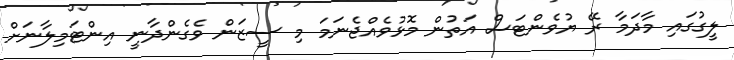
ލީގުގައި މާދަމާ ރޭ ޔުވެންޓަސް އަތުން މޮޅުވެއްޖެނަމަ މި ސީޒަން ވެގެންދާނީ އިންޓަމިލާނަށް